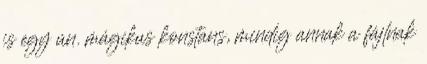
is egy ún. mágikus konstans, mindig annak a fájlnak